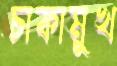
চাকামুখ